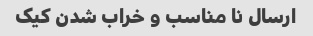
ارسال نا مناسب و خراب شدن کیک